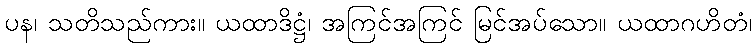
ပန၊ သတိသည်ကား။ ယထာဒိဋ္ဌံ၊ အကြင်အကြင် မြင်အပ်သော။ ယထာဂဟိတံ၊